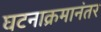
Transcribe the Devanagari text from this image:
घटनाक्रमानंतर